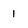
Character: 1